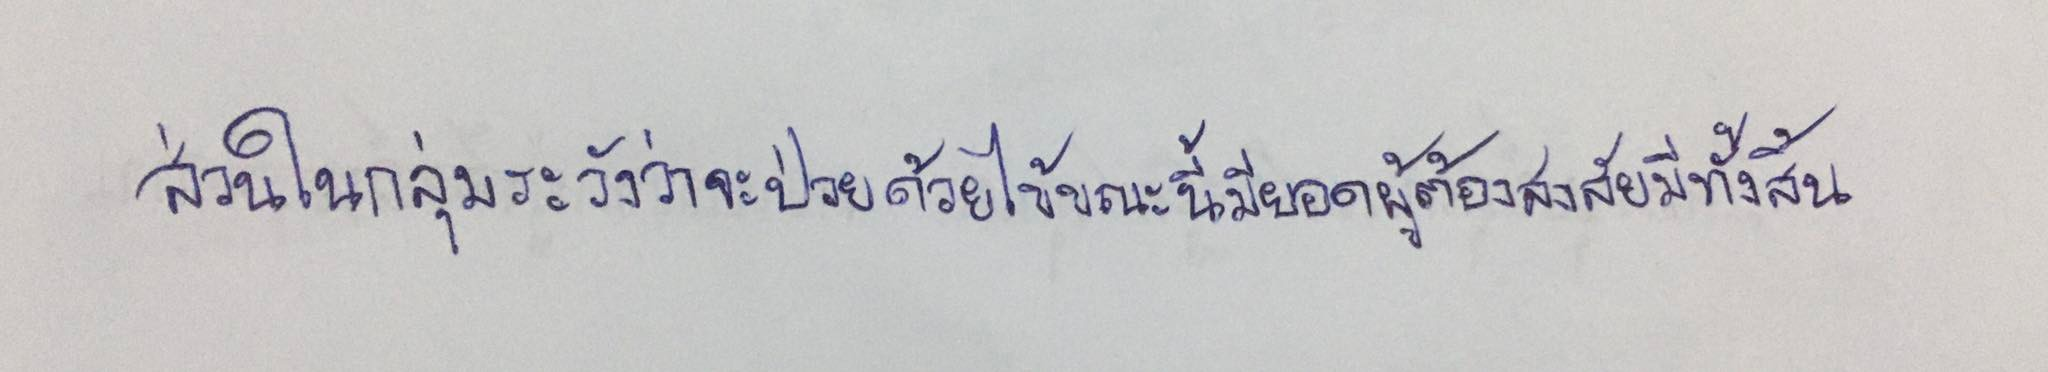
ส่วนในกลุ่มเฝ้าระวังว่าจะป่วยด้วยไข้ขณะนี้มียอดผู้ต้องสงสัยมีทั้งสิ้น